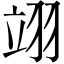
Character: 翊